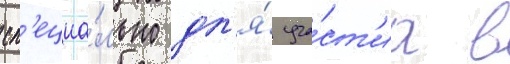
сп'ециа́льно дл'я́ уча́ст'иа в